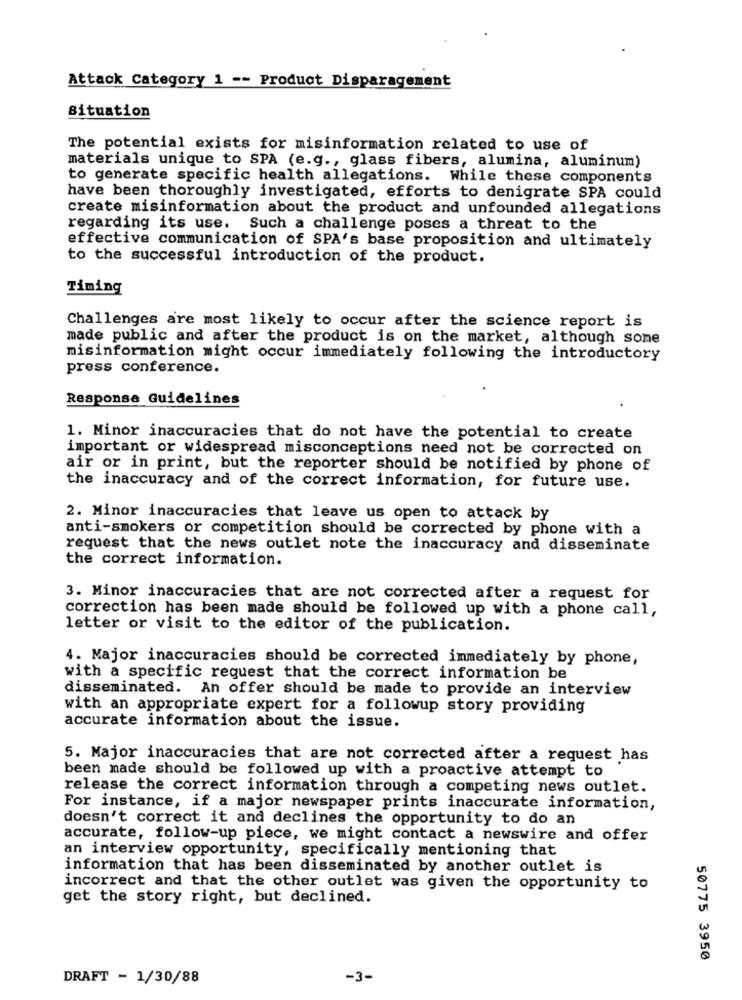
Attack Category 1 -- Product Disparagement
situation
The potential exists for misinformation related to use of
materials unique to SPA (e.g ., glass fibers, alumina, aluminum)
to generate specific health allegations. While these components
have been thoroughly investigated, efforts to denigrate SPA could
create misinformation about the product and unfounded allegations
regarding its use. Such a challenge poses a threat to the
effective communication of SPA's base proposition and ultimately
to the successful introduction of the product.
Timing
Challenges are most likely to occur after the science report is
made public and after the product is on the market, although some
misinformation might occur immediately following the introductory
press conference.
Response Guidelines
1. Minor inaccuracies that do not have the potential to create
important or widespread misconceptions need not be corrected on
air or in print, but the reporter should be notified by phone of
the inaccuracy and of the correct information, for future use.
2. Minor inaccuracies that leave us open to attack by
anti-smokers or competition should be corrected by phone with a
request that the news outlet note the inaccuracy and disseminate
the correct information.
3. Minor inaccuracies that are not corrected after a request for
correction has been made should be followed up with a phone call,
letter or visit to the editor of the publication.
4. Major inaccuracies should be corrected immediately by phone,
with a specific request that the correct information be
disseminated. An offer should be made to provide an interview
with an appropriate expert for a followup story providing
accurate information about the issue.
5. Major inaccuracies that are not corrected after a request has
been made should be followed up with a proactive attempt to
release the correct information through a competing news outlet.
For instance, if a major newspaper prints inaccurate information,
doesn't correct it and declines the opportunity to do an
accurate, follow-up piece, we might contact a newswire and offer
an interview opportunity, specifically mentioning that
information that has been disseminated by another outlet is
incorrect and that the other outlet was given the opportunity to
get the story right, but declined.
50775 3950
DRAFT - 1/30/88
-3-